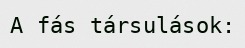
A fás társulások: